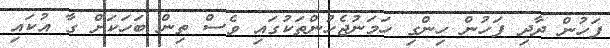
ފަހުން ދާދި ފަހުން ހިންގި ހަމަނުޖެހުންތަކުގައި ވެސް ތިން ބަހަކަށް ގާ އުކައި